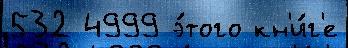
532 4999 э́того кн'и́г'е